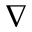
\nabla